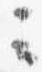
云